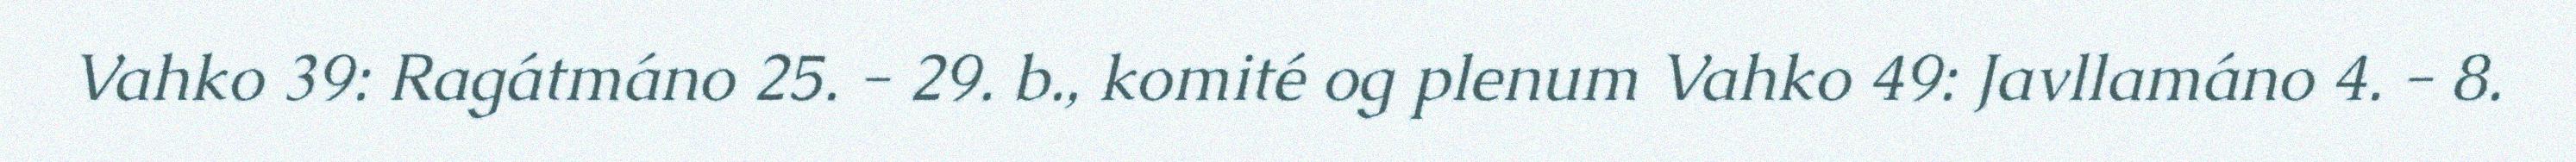
Vahko 39: Ragátmáno 25. - 29. b., komité og plenum Vahko 49: Javllamáno 4. - 8.